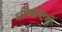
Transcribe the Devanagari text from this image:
भीष्माष्टमी